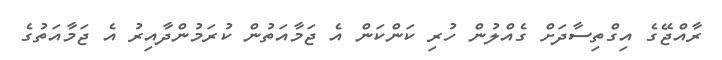
ރާއްޖޭގެ އިގްތިސާދަށް ގެއްލުން ހުރި ކަންކަން އެ ޖަމާއަތުން ކުރަމުންދާއިރު އެ ޖަމާއަތުގެ